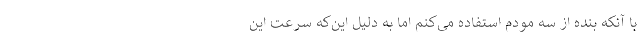
با آنکه بنده از سه مودم استفاده می‌کنم اما به دلیل این‌که سرعت این